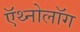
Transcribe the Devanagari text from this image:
ऍथ्नोलॉग